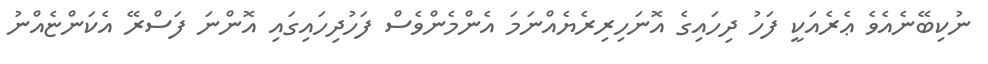
ނުކިބޭނެއެވެ ޢެރެއަކީ ފަހު ދިހައިގެ އޮނަހިރިރެޔެއްނަމަ އެންމެންވެސް ފަހުދިހައިގައި އޮންނަ ފަސްރޭ އެކަންޏެއްނު